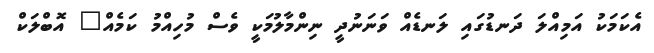
އެކަމަކު އަމިއްލަ ދަނޑުގައި ލަނޑެއް ވަނަނުދީ ނިންމާލުމަކީ ވެސް މުހިއްމު ކަމެއް" އޮބްލަކް